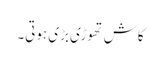
کاش تھوڑی بڑی ہوتی۔